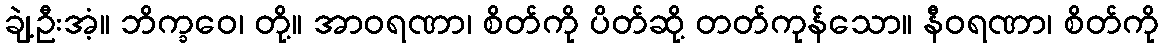
ချဲ့ဦးအံ့။ ဘိက္ခဝေ၊ တို့။ အာဝရဏာ၊ စိတ်ကို ပိတ်ဆို့ တတ်ကုန်သော။ နီဝရဏာ၊ စိတ်ကို